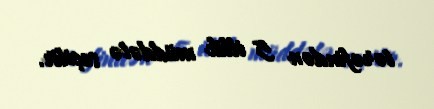
tərəfindən 5 illik müddətə seçilir.